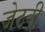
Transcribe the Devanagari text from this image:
जेठवी